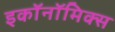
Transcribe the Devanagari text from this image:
इकाॅनाॅमिक्स